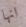
انها